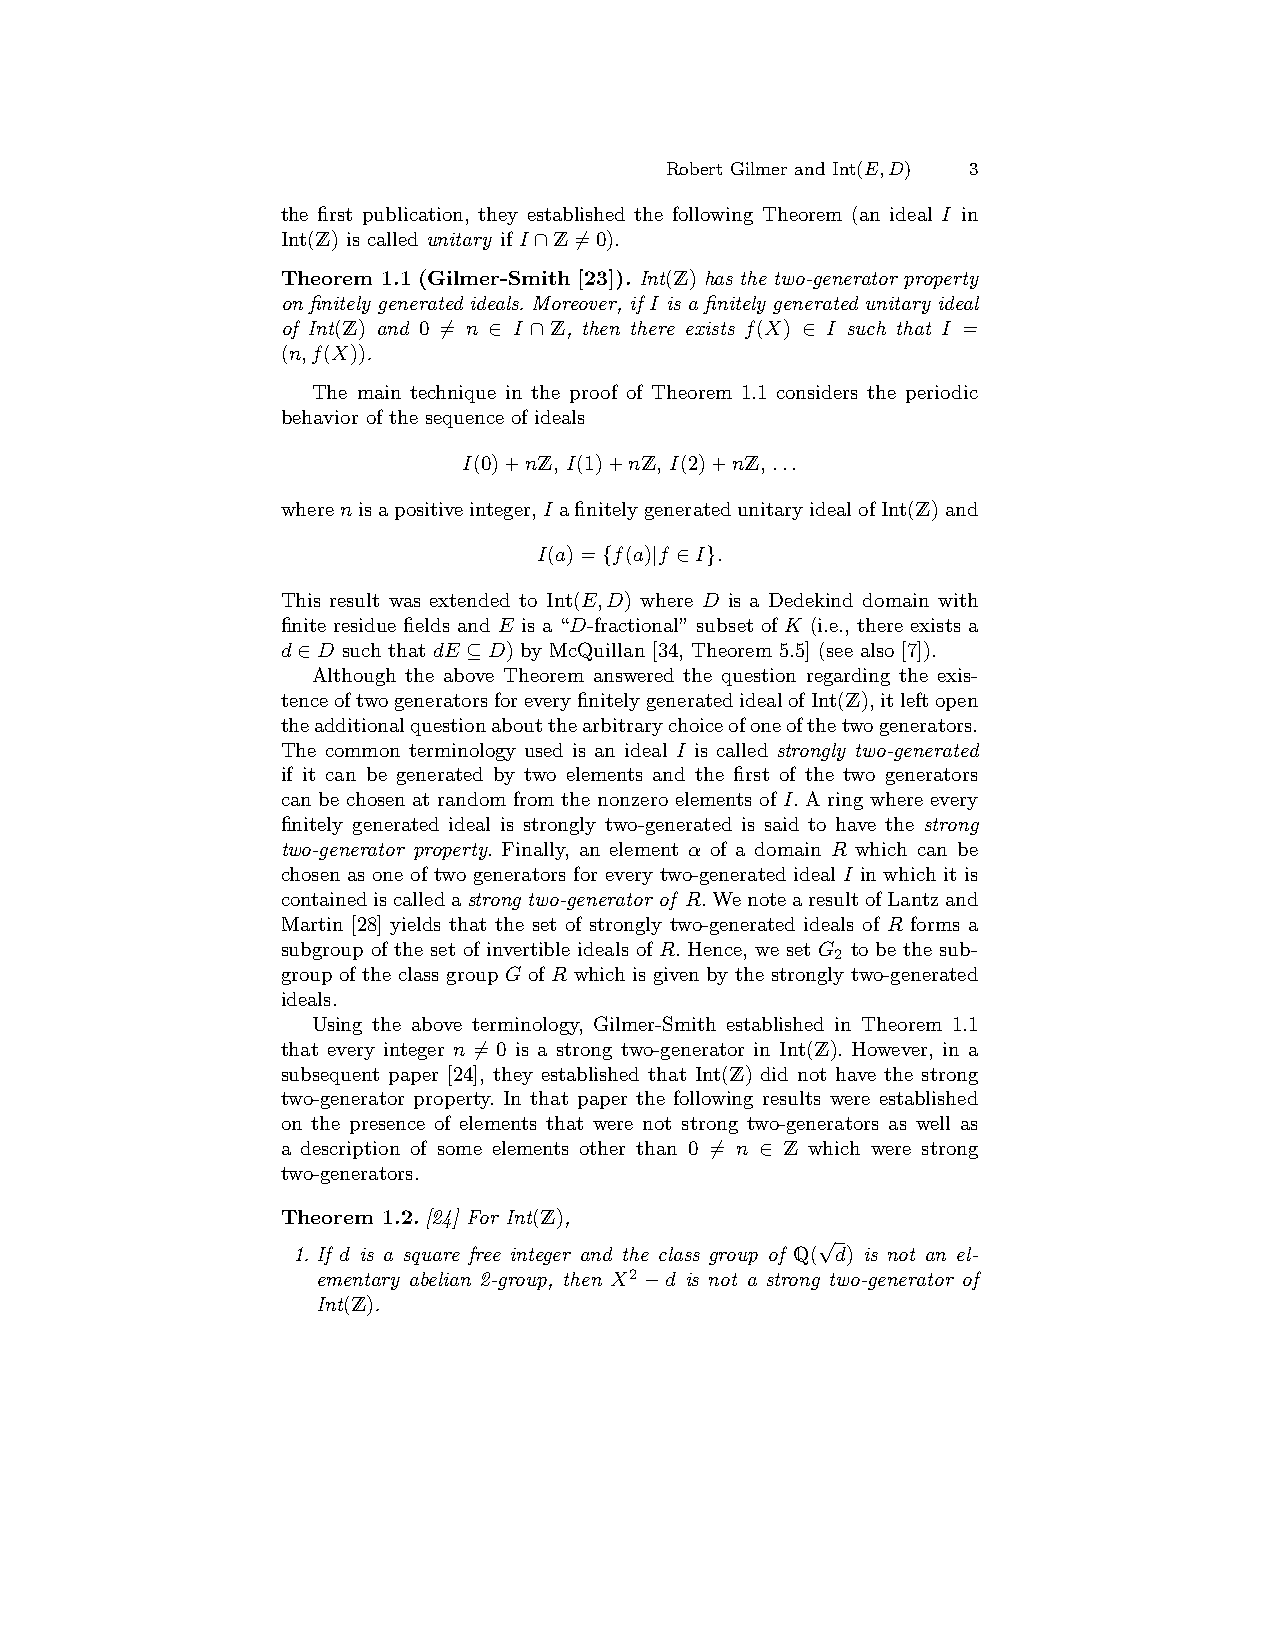
Robert Gilmer and Int(E,D) 3
 the first publication, they established the following Theorem (an ideal I in
 Int(Z) is called unitary if I∩Z6=0).
 Theorem 1.1(Gilmer-Smith [23]). Int(Z) has the two-generator property
 on finitely generated ideals. Moreover, if I is a finitely generated unitary ideal
 of Int(Z) and 0 6= n ∈ I ∩ Z, then there exists f(X) ∈ I such that I =
 (n,f(X)).
 The main technique in the proof of Theorem 1.1 considers the periodic
 behavior of the sequence of ideals
 I(0)+nZ, I(1)+nZ, I(2)+nZ, ...
 wherenisapositiveinteger,I afinitelygeneratedunitaryidealofInt(Z)and
 I(a)={f(a)|f ∈I}.
 This result was extended to Int(E,D) where D is a Dedekind domain with
 finite residue fields and E is a “D-fractional” subset of K (i.e., there exists a
 d∈D such that dE ⊆D) by McQuillan [34, Theorem 5.5] (see also [7]).
 Although the above Theorem answered the question regarding the exis-
 tenceoftwogeneratorsforeveryfinitelygeneratedidealofInt(Z),itleftopen
 theadditionalquestionaboutthearbitrarychoiceofoneofthetwogenerators.
 The common terminology used is an ideal I is called strongly two-generated
 if it can be generated by two elements and the first of the two generators
 can be chosen at random from the nonzero elements of I. A ring where every
 finitely generated ideal is strongly two-generated is said to have the strong
 two-generator property. Finally, an element α of a domain R which can be
 chosen as one of two generators for every two-generated ideal I in which it is
 containediscalledastrong two-generator of R.WenotearesultofLantzand
 Martin [28] yields that the set of strongly two-generated ideals of R forms a
 subgroup of the set of invertible ideals of R. Hence, we set G to be the sub-
 2
 group of the class group G of R which is given by the strongly two-generated
 ideals.
 Using the above terminology, Gilmer-Smith established in Theorem 1.1
 that every integer n 6= 0 is a strong two-generator in Int(Z). However, in a
 subsequent paper [24], they established that Int(Z) did not have the strong
 two-generator property. In that paper the following results were established
 on the presence of elements that were not strong two-generators as well as
 a description of some elements other than 0 6= n ∈ Z which were strong
 two-generators.
 Theorem 1.2.[24] For Int(Z),
 √
 1.If d is a square free integer and the class group of Q( d) is not an el-
 ementary abelian 2-group, then X2 −d is not a strong two-generator of
 Int(Z).